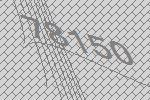
78150